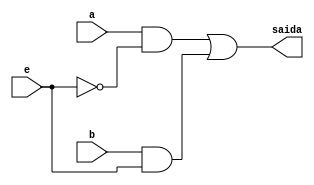
module mux_decodificador(e, a, b, saida);

	input e, a, b;
	output saida;

	wire s1,s2;
	
	and(s1, a, ~e);
	and(s2, b, e);
	
	or(saida, s1, s2);

endmodule